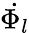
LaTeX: \dot{\Phi_{l}}